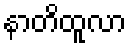
နာတိထူလာ